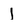
Character: I